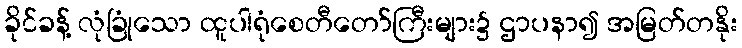
ခိုင်ခန့် လုံခြုံသော ထူပါရုံစေတီတော်ကြီးများ၌ ဌာပနာ၍ အမြတ်တနိုး